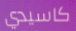
كاسيدي